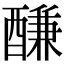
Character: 𨢑